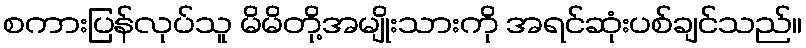
စကားပြန်လုပ်သူ မိမိတို့အမျိုးသားကို အရင်ဆုံးပစ်ချင်သည်။